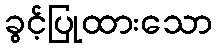
ခွင့်ပြုထားသော